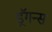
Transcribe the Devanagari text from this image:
ड्रॅगन्स